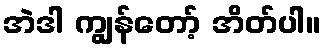
အဲဒါ ကျွန်တော့် အိတ်ပါ။